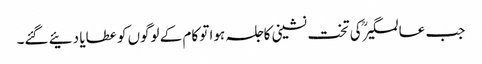
جب عالمگیرؒ کی تخت نشینی کاجلسہ ہوا تو کام کے لوگوں کو عطایا دئیے گئے۔